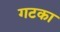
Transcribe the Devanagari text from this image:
गटका